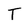
Character: T